Calcutta medical institutions reports 1879-81 [i.e.91]
Year: 1879
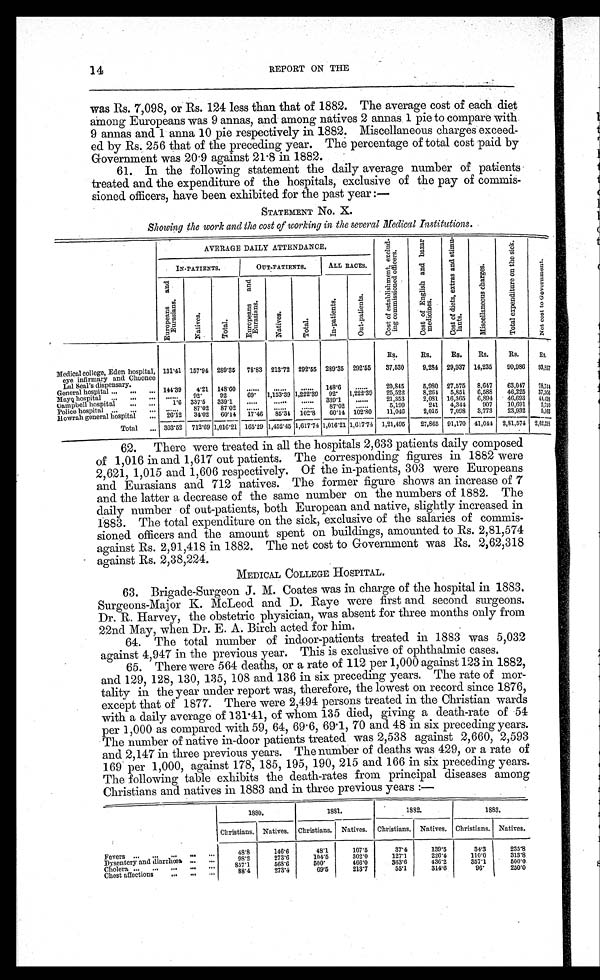
14
REPORT ON THE
was Rs. 7,098, or Rs. 124 less than that of 1882. The average cost of each diet
among Europeans was 9 annas, and among natives 2 annas 1 pie to compare with
9 annas and 1 anna 10 pie respectively in 1882. Miscellaneous charges exceed-
ed by Rs. 256 that of the preceding year. The percentage of total cost paid by
Government was 20.9 against 21.8 in 1882.
61. In the following statement the daily average number of patients
treated and the expenditure of the hospitals, exclusive of the pay of commis-
sioned officers, have been exhibited for the past year :—
STATEMENT No. X.
Showing the work and the cost of working in the several Medical Institutions.
AVERAGE DAILY ATTENDANCE.
c o s t o f e s t a b l i s h m e n , e x c l u d i n g c o m m i s s i o n e d o f f i c e r s .
c o s t o f E n g l i s h a n d b a z a r
c o s t o f d i e t s , e x t r a s a n d s t i m u . l a n t s .
m i s c e l l a n c o u s c h a r g e s .
T o t a l e x p e n d i t u r e o n t e h s i c k
N o t c o s t t o g o v e r n m e n t
IN-PATIENTS.
OUT-PATIENTS.
ALL RACE5.
E u r o p e a n s a n d E u r a s i a n s .
N a t i v e s .
T o a l .
E u r o p e a n s a n d E u r a s i a n s .
N a t i v e s .
T o t a l .
I n - p a t i e n t s
O u t - p a t i e n t s .
R s .
Rs.
Rs.
Rs.
Rs.
R s .
Medical college, Eden hospital,
eye infirmary and Choonee
131.41 157.94 289.35 78.83 213.72 292.55 289.35 292.55
37.530
9.284 29.937 14.235
9 9 . 9 8 6
93.857
Lal Seal’s dispensary.
General hospital ... ... ... 144.39
4.21 148.60
148.6
20.845
5,980 27,575
8,647
63,047
78,744
Mayo hospital ...
... . . .
92.
92
69.
1,153.39 1,222.39
92.
1,222.39
25,522
8,261
5,851
6,588
46,225
37,303
Oampbell hospital .., ...
1.6 337.5
339.1
339.1
21,353
2,081 16,365
6,894
46,693
4 4 , 4 3
Police hospital... ... ... ......
87.02
87.02
87.02
5,199
211
4,344
907
10,691
2,72
Howrah general hospital ... 26.12
34.02
60.14
17.46
85.34 102.8
60.14 102.80
11,046
2,015
7,098
3,773
23,932
5,163
Total ... 303.52 712.69 1,016.21 165.29 1,452.45 1,617.74 1,016.21 1,617.74 1,21,495
27,865 91,170 41,044
_
2,81,574 2,62,318
62. There were treated in all the hospitals 2,633 patients daily composed
of 1,016 in and 1,617 out patients. The corresponding figures in 1882 were
2,621, 1,015 and 1,606 respectively. Of the in-patients, 303 were Europeans
and Eurasians and 712 natives. The former figure shows an increase of 7
and the latter a decrease of the same number on the numbers of 1882. The
daily number of out-patients, both European and native, slightly increased in
1883. The total expenditure on the sick, exclusive of the salaries of commis-
sioned officers and the amount spent on buildings, amounted to Rs. 2,81,574
against Rs. 2,91,418 in 1882. The net cost to Government was Rs. 2,62,318
against Rs. 2,38,224.
MEDICAL COLLEGE HOSPITAL.
63. Brigade-Surgeon J. M. Coates was in charge of the hospital in 1883.
Surgeons-Major K. McLeod and D. Raye were first and second surgeons.
Dr. R. Harvey, the obstetric physician, was absent for three months only from
22nd May, when Dr. E. A. Birch acted for him.
64. The total number of indoor-patients treated in 1883 was 5,032
against 4,947 in the previous year. This is exclusive of ophthalmic cases.
65. There were 564 deaths, or a rate of 112 per 1,000 against 123 in 1882,
and 129, 128, 130, 135, 108 and 136 in six preceding years. The rate of mor-
tality in the year under report was, therefore, the lowest on record since 1876,
except that of 1877. There were 2,494 persons treated in the Christian wards
with a daily average of 131.41, of whom 135 died, giving a death-rate of 54
per 1,000 as compared with 59, 64, 69.6, 69 . 1, 70 and 48 in six preceding years.
The number of native in-door patients treated was 2,538 against 2,660, 2,593
and 2,147 in three previous years. The number of deaths was 429, or a rate of
169 per 1,000, against 178, 185, 195, 190, 215 and 166 in six preceding years.
The following table exhibits the death-rates from principal diseases among
Christians and natives in 1883 and in three previous years :—
1880.
1881.
1882.
1883.
Christians. Natives. Christians. Natives.
Christians. Natives. Christians. Natives.
Fevers ... ... ...
48.8
146.6
48.1
107.5
37.4
139.5
34.3
235.8
Dysentery and diarrhœa ... ...
98.2
273.6
104.5
302.0
127.1
226.4
110.0
313.8
Cholera ... ...,... ...
857.1
568.6
500.
466.0
363.6
436.2
357.1
500.0
Chest affections ... ... ...
88.4
273.4
69.5
213.7
55.1
314.6
96.
250.0